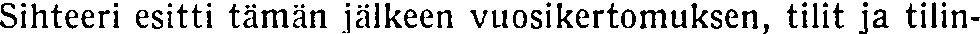
Sihteeri esitti tämän jälkeen vuosikertomuksen, tilit ja tilin-